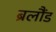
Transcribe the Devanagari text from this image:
ब्रलौंड